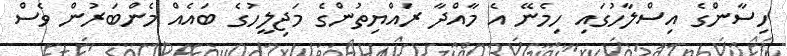
ހިސާންގެ އިސްލާހުގައި ހިމެނޭ އެ މާއްދާ ރައްޔިތުންގެ މަޖިލީހުގެ ބައެއް މެންބަރުން ވެސް